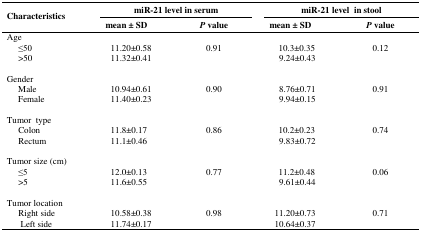
<table><thead><tr><td rowspan="3"><b>Characteristics</b></td><td colspan="2"><b>miR-21 level in serum</b></td><td colspan="2"><b>miR-21 level in stool</b></td></tr><tr><td><b>mean ± SD</b></td><td><b><i>P</i> value</b></td><td><b>mean ± SD</b></td><td><b><i>P</i> value</b></td></tr></thead><tbody><tr><td>Age</td><td></td><td></td><td></td><td></td><td></td><td></td></tr><tr><td> ≤50</td><td>11.20±0.58</td><td rowspan="2">0.91</td><td>10.3±0.35</td><td rowspan="2">0.12</td></tr><tr><td> &gt;50</td><td>11.32±0.41</td><td>9.24±0.43</td></tr><tr><td>Gender</td><td></td><td></td><td></td><td></td><td></td><td></td></tr><tr><td> Male</td><td>10.94±0.61</td><td rowspan="2">0.90</td><td>8.76±0.71</td><td rowspan="2">0.91</td></tr><tr><td> Female</td><td>11.40±0.23</td><td>9.94±0.15</td></tr><tr><td>Tumor type</td><td></td><td></td><td></td><td></td><td></td><td></td></tr><tr><td> Colon</td><td>11.8±0.17</td><td rowspan="2">0.86</td><td>10.2±0.23</td><td rowspan="2">0.74</td></tr><tr><td> Rectum</td><td>11.1±0.46</td><td>9.83±0.72</td></tr><tr><td>Tumor size (cm)</td><td></td><td></td><td></td><td></td><td></td><td></td></tr><tr><td> ≤5</td><td>12.0±0.13</td><td rowspan="2">0.77</td><td>11.2±0.48</td><td rowspan="2">0.06</td></tr><tr><td> &gt;5</td><td>11.6±0.55</td><td>9.61±0.44</td></tr><tr><td>Tumor location</td><td></td><td></td><td></td><td></td><td></td><td></td></tr><tr><td> Right side</td><td>10.58±0.38</td><td rowspan="2">0.98</td><td>11.20±0.73</td><td rowspan="2">0.71</td></tr><tr><td> Left side</td><td>11.74±0.17</td><td>10.64±0.37</td></tr></tbody></table>